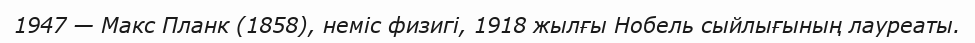
1947 — Макс Планк (1858), неміс физигі, 1918 жылғы Нобель сыйлығының лауреаты.